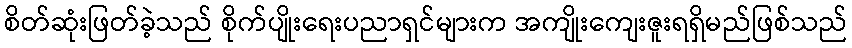
စိတ်ဆုံးဖြတ်ခဲ့သည် စိုက်ပျိုးရေးပညာရှင်များက အကျိုးကျေးဇူးရရှိမည်ဖြစ်သည်